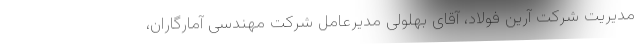
مدیریت شرکت آرین فولاد، آقای بهلولی مدیرعامل شرکت مهندسی آمارگاران،